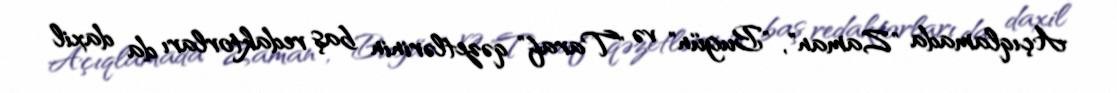
Açıqlamada "Zaman", "Bugün" və "Taraf" qəzetlərinin baş redaktorları da daxil